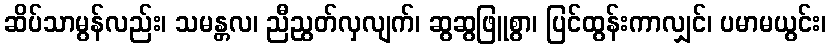
ဆိပ်သာမွန်လည်း၊ သမန္တလ၊ ညီညွတ်လှလျက်၊ ဆွဆွဖြူစွာ၊ ပြင်ထွန်းကာလျှင်၊ ပမာမယွင်း၊